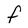
Character: F